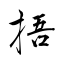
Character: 捂